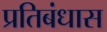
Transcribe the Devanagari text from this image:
प्रतिबंधास